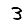
Digit: 3